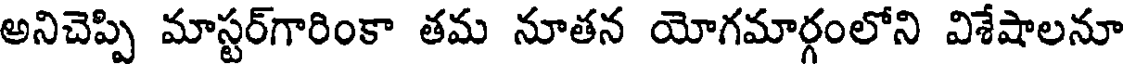
అనిచెప్పి మాస్టర్గారింకా తమ నూతన యోగమార్గంలోని విశేషాలనూ